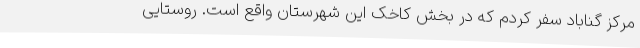
مرکز گناباد سفر کردم که در بخش کاخک این شهرستان واقع است. روستایی